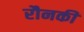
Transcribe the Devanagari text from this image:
रौनकी